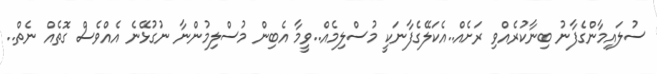
ސުލައިމާންގެފާނު ބިނާކުރެއްވި ރަށެއް..އެކަލޭގެފާނަކީ މުސްލިމެއް..ވީމާ އެބިން މުސްލިމުންނާ ނުގުޅޭނެ އެއްވެސް ގޮތެއް ނެތް..